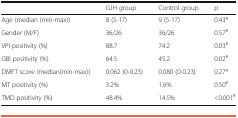
|  | GJH group | Control group | p |
 | --- | --- | --- | --- |
 | Age (median (min-max)) | 8 (5-17) | 9 (5-17) | 0.43* |
 | Gender (M/F) | 36/26 | 36/26 | 0.57# |
 | VPI positivity (%) | 88.7 | 74.2 | 0.03# |
 | GBI positivity (%) | 64.5 | 45.2 | 0.02# |
 | DMFT score (median(min-max)) | 0.062 (0-0.23) | 0.080 (0-0.23) | 0.27* |
 | MT positivity (%) | 3.2% | 1.6% | 0.50# |
 | TMD positivity (%) | 48.4% | 14.5% | <0.001# |